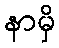
နာမှိ